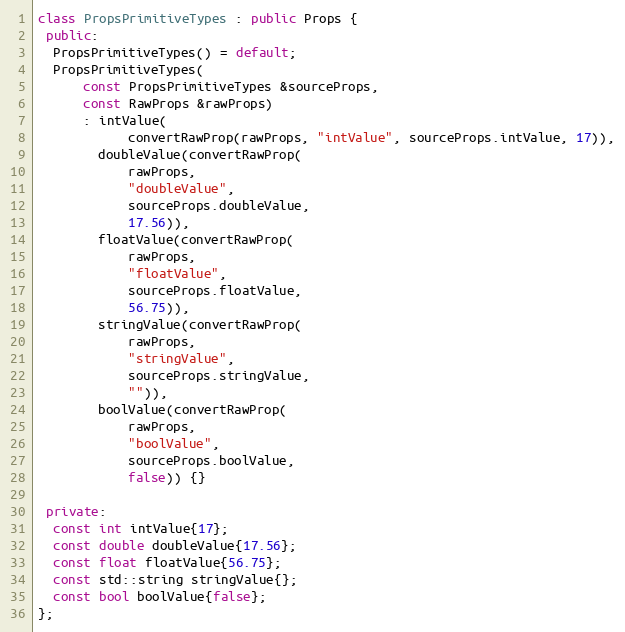
Language: C++
class PropsPrimitiveTypes : public Props {
 public:
  PropsPrimitiveTypes() = default;
  PropsPrimitiveTypes(
      const PropsPrimitiveTypes &sourceProps,
      const RawProps &rawProps)
      : intValue(
            convertRawProp(rawProps, "intValue", sourceProps.intValue, 17)),
        doubleValue(convertRawProp(
            rawProps,
            "doubleValue",
            sourceProps.doubleValue,
            17.56)),
        floatValue(convertRawProp(
            rawProps,
            "floatValue",
            sourceProps.floatValue,
            56.75)),
        stringValue(convertRawProp(
            rawProps,
            "stringValue",
            sourceProps.stringValue,
            "")),
        boolValue(convertRawProp(
            rawProps,
            "boolValue",
            sourceProps.boolValue,
            false)) {}

 private:
  const int intValue{17};
  const double doubleValue{17.56};
  const float floatValue{56.75};
  const std::string stringValue{};
  const bool boolValue{false};
};